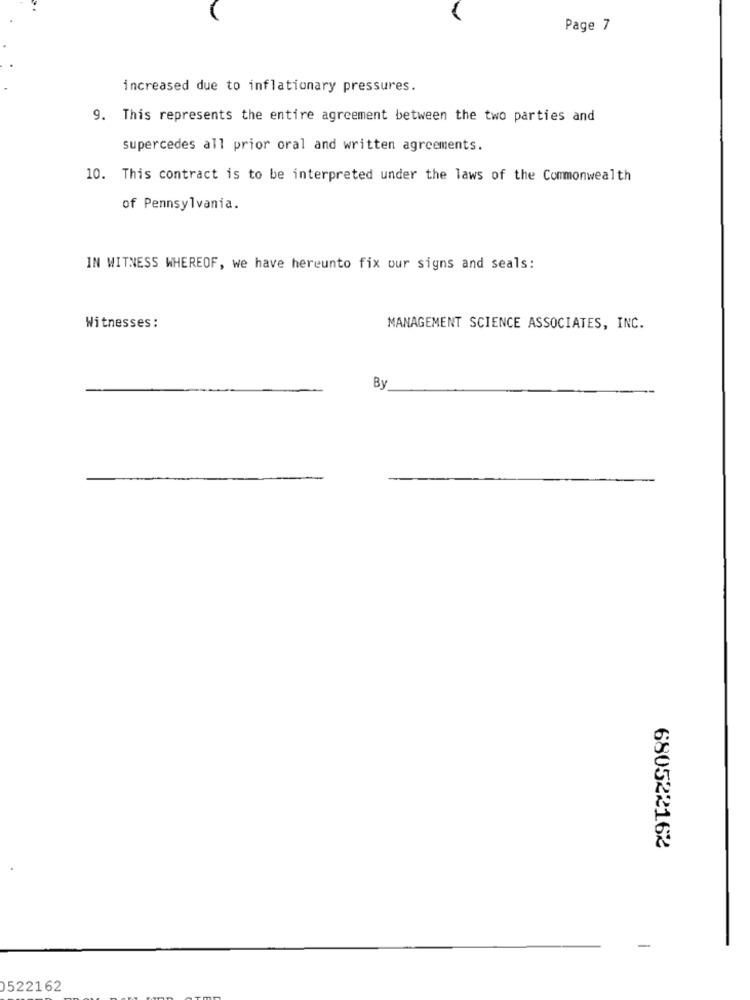
Page 7
increased due to inflationary pressures.
9. This represents the entire agreement between the two parties and
supercedes all prior oral and written agreements.
10. This contract is to be interpreted under the laws of the Commonwealth
of Pennsylvania.
IN WITNESS WHEREOF, we have hereunto fix our signs and seals:
Witnesses:
MANAGEMENT SCIENCE ASSOCIATES, INC.
By
680522162
522162